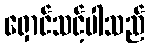
ရှောင်သင့်ပါသည်